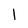
Character: 1